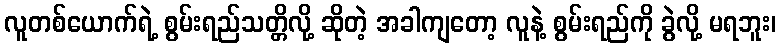
လူတစ်ယောက်ရဲ့ စွမ်းရည်သတ္တိလို့ ဆိုတဲ့ အခါကျတော့ လူနဲ့ စွမ်းရည်ကို ခွဲလို့ မရဘူး၊